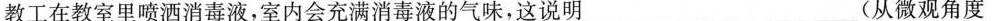
教工在教室里喷洒消毒液，室内会充满消毒液的气味，这说明_(从微观角度